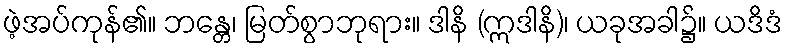
ဖဲ့အပ်ကုန်၏။ ဘန္တေ၊ မြတ်စွာဘုရား။ ဒါနိ (ဣဒါနိ)၊ ယခုအခါ၌။ ယဒိဒံ